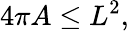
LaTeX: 4\pi A\leq L^{2},